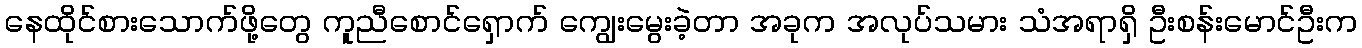
နေထိုင်စားသောက်ဖို့တွေ ကူညီစောင်ရှောက် ကျွေးမွေးခဲ့တာ အခုက အလုပ်သမား သံအရာရှိ ဦးစန်းမောင်ဦးက